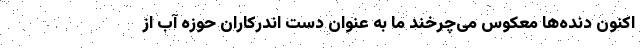
اکنون دنده‌ها معکوس می‌چرخند ما به عنوان دست اندرکاران حوزه آب از